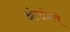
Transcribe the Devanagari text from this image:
अंगांत्रणे